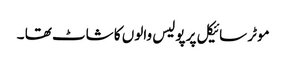
موٹر سائیکل پر پولیس والوں کا شاٹ تھا ۔